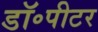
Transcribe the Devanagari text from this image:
डॉ॰पीटर